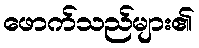
ဖောက်သည်များ၏